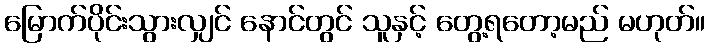
မြောက်ပိုင်းသွားလျှင် နောင်တွင် သူနှင့် တွေ့ရတော့မည် မဟုတ်။